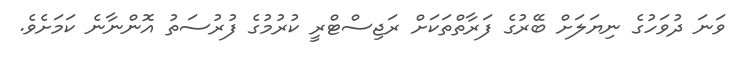
ވަނަ ދުވަހުގެ ނިޔަލަށް ބޭރުގެ ފަރާތްތަކަށް ރަޖިސްޓްރީ ކުރުމުގެ ފުރުސަތު އޮންނާނެ ކަމަށެވެ.